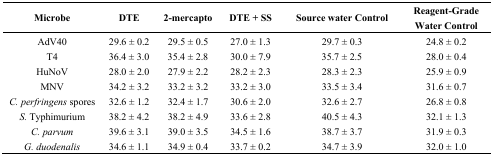
<table><thead><tr><td><b>Microbe</b></td><td><b>DTE</b></td><td><b>2-mercapto</b></td><td><b>DTE + SS</b></td><td><b>Source water Control</b></td><td><b>Reagent-Grade Water Control</b></td></tr></thead><tbody><tr><td>AdV40</td><td>29.6 ± 0.2</td><td>29.5 ± 0.5</td><td>27.0 ± 1.3</td><td>29.7 ± 0.3</td><td>24.8 ± 0.2</td></tr><tr><td>T4</td><td>36.4 ± 3.0</td><td>35.4 ± 2.8</td><td>30.0 ± 7.9</td><td>35.7 ± 2.5</td><td>28.0 ± 0.4</td></tr><tr><td>HuNoV</td><td>28.0 ± 2.0</td><td>27.9 ± 2.2</td><td>28.2 ± 2.3</td><td>28.3 ± 2.3</td><td>25.9 ± 0.9</td></tr><tr><td>MNV</td><td>34.2 ± 3.2</td><td>33.2 ± 3.2</td><td>33.2 ± 3.0</td><td>33.5 ± 3.4</td><td>31.6 ± 0.7</td></tr><tr><td><i>C. perfringens</i> spores</td><td>32.6 ± 1.2</td><td>32.4 ± 1.7</td><td>30.6 ± 2.0</td><td>32.6 ± 2.7</td><td>26.8 ± 0.8</td></tr><tr><td><i>S.</i> Typhimurium</td><td>38.2 ± 4.2</td><td>38.2 ± 4.9</td><td>33.6 ± 2.8</td><td>40.5 ± 4.3</td><td>32.1 ± 1.3</td></tr><tr><td><i>C. parvum</i></td><td>39.6 ± 3.1</td><td>39.0 ± 3.5</td><td>34.5 ± 1.6</td><td>38.7 ± 3.7</td><td>31.9 ± 0.3</td></tr><tr><td><i>G. duodenalis</i></td><td>34.6 ± 1.1</td><td>34.9 ± 0.4</td><td>33.7 ± 0.2</td><td>34.7 ± 3.9</td><td>32.0 ± 1.0</td></tr></tbody></table>